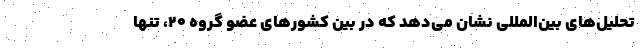
تحلیل‌های بین‌المللی نشان می‌دهد که در بین کشورهای عضو گروه ۲۰، تنها